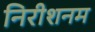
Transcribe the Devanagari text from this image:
निरीशनम